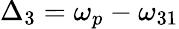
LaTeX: \Delta_{3}=\omega_{p}-\omega_{31}